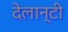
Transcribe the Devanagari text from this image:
देलान्टी